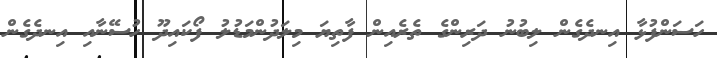
ހަސަންފުޅާ އިނދެގެން ލިބުނު ދަރިންގެ ތެރެއިން ފާތިޔަ މިލަދުންމަޑުލު ފޯކައިދޫ ހުސޭނާއި އިނދެގެން